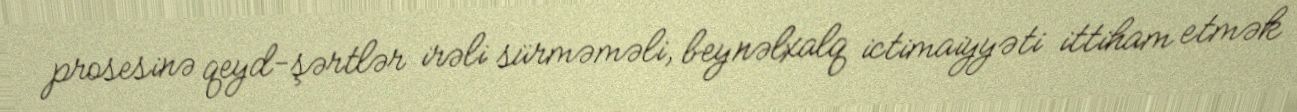
prosesinə qeyd-şərtlər irəli sürməməli, beynəlxalq ictimaiyyəti ittiham etmək